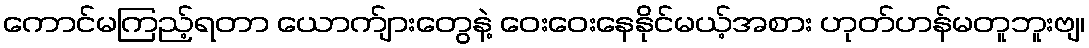
ကောင်မကြည့်ရတာ ယောက်ျားတွေနဲ့ ဝေးဝေးနေနိုင်မယ့်အစား ဟုတ်ဟန်မတူဘူးဗျ၊